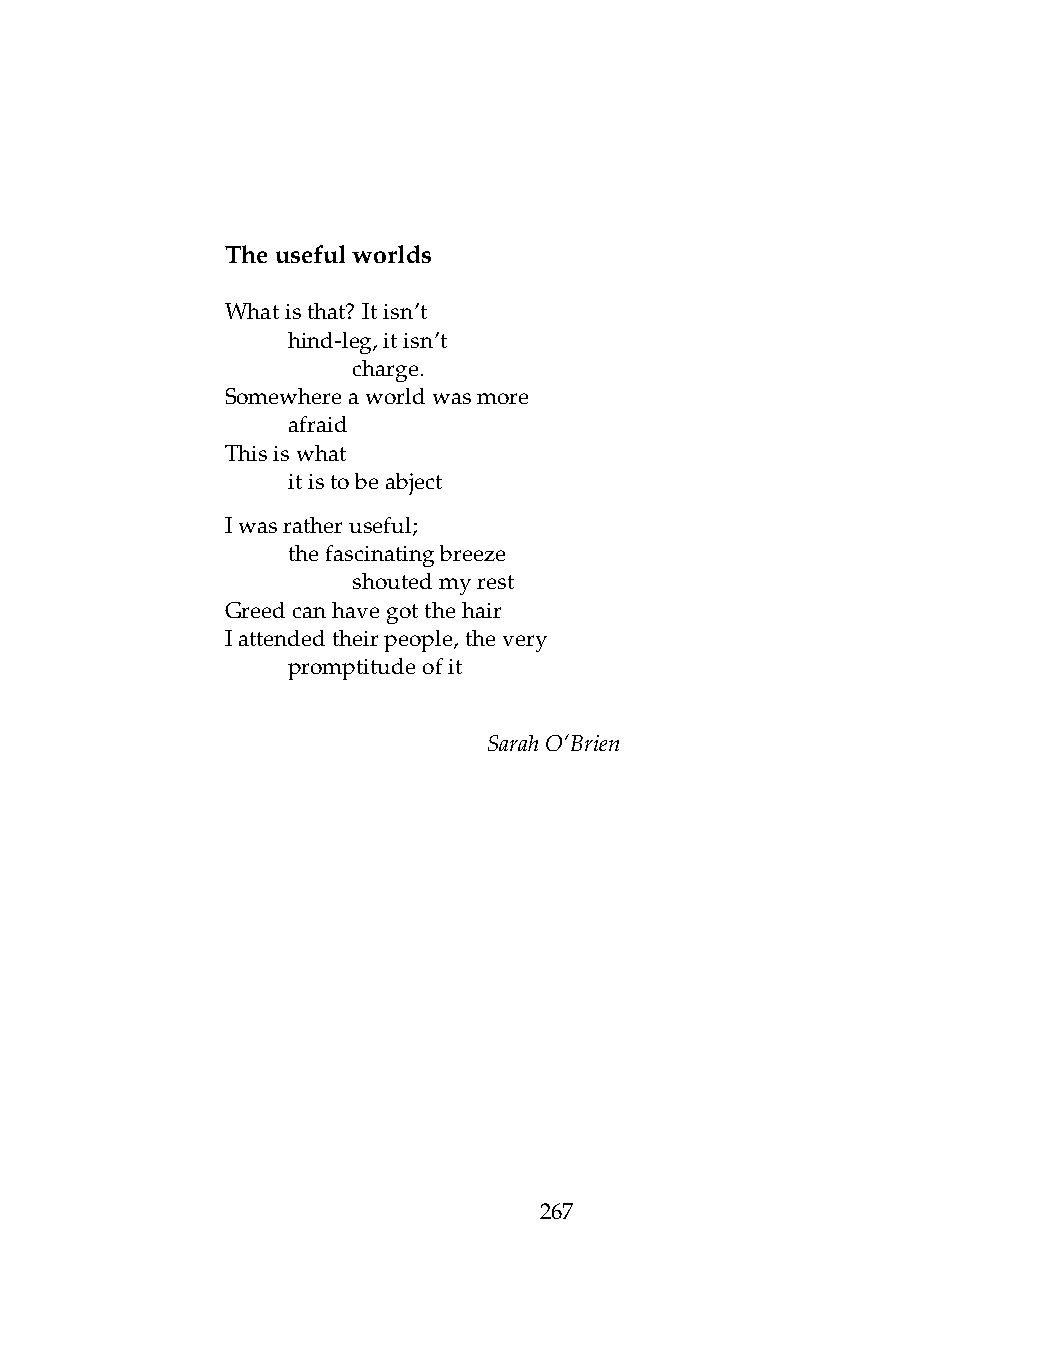
Theusefulworlds
 Whatisthat? Itisn’t
 .   hind-leg,itisn’t
 .   .   charge.
 Somewhereaworldwasmore
 .   afraid
 Thisiswhat
 .   itistobeabject
 Iwasratheruseful;
 .   thefascinatingbreeze
 .   .   shoutedmyrest
 Greedcanhavegotthehair
 Iattendedtheirpeople,thevery
 .   promptitudeofit
 SarahO’Brien
 267